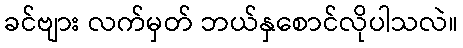
ခင်ဗျား လက်မှတ် ဘယ်နှစောင်လိုပါသလဲ။